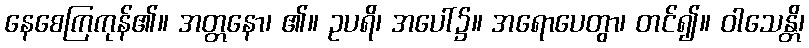
နေစေကြကုန်၏။ အတ္တနော၊ ၏။ ဥပရိ၊ အပေါ်၌။ အရောပေတွာ၊ တင်၍။ ဝါသေန္တိ၊